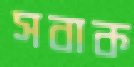
সবাক